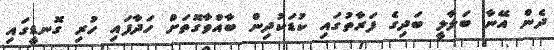
ދެން އޭނާ ބަލާލީ ބަދިގެ ފަރާތުގައި ކުޑަކުދިން ބާއްވާގޮތަށް ހަދާފައި ހުރި ގޮނޑީގައި